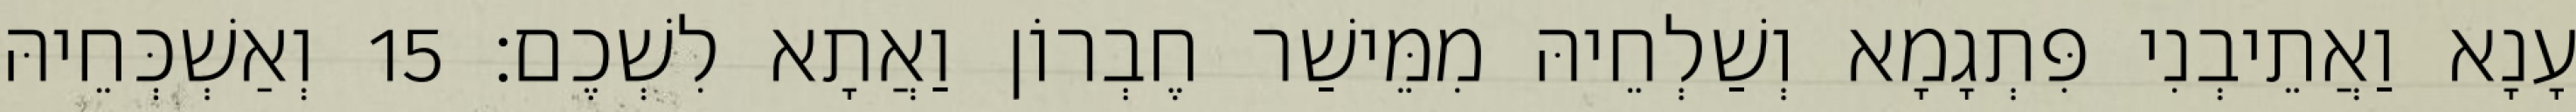
עָנָא וַאֲתֵיבְנִי פִּתְגָמָא וְשַׁלְחֵיהּ מִמֵּישַׁר חֶבְרוֹן וַאֲתָא לִשְׁכֶם׃ 15 וְאַשְׁכְּחֵיהּ